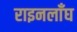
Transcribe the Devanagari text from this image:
राइनलाँघ